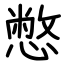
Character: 憋